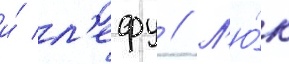
и́ л'ефу // Л'ю́к